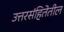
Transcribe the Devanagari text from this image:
उत्तरसंहितेतील